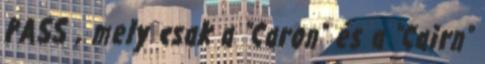
PASS , mely csak a "Caron" és a "Cairn"